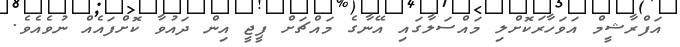
އަފްރާޝީމް އަވަހާރަކޮށްލި މައްސަލާގައި އޭނާގެ މައްޗަަށް ޕީޖީ އިން ދައުވާ ކޮށްފައެއް ނުވެއެވެ.